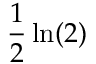
{ \frac { 1 } { 2 } } \ln ( 2 )